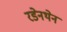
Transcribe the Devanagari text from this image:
रडेनथेन